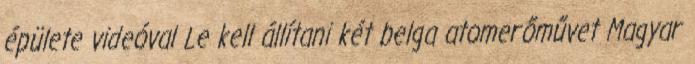
épülete videóval Le kell állítani két belga atomerőművet Magyar